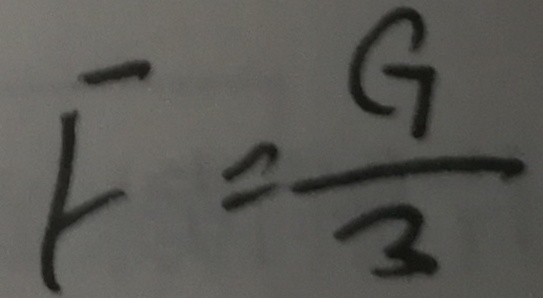
F = \frac { G } { 3 }